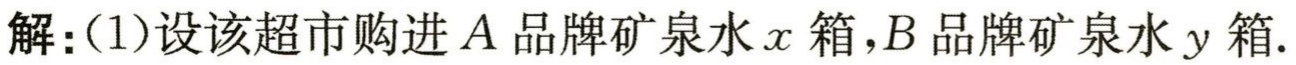
解：(1)设该超市购进\(A\)品牌矿泉水\(x\)箱，\(B\)品牌矿泉水\(y\)箱.